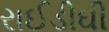
રાઈડીઘી